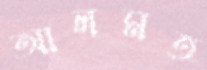
আলমত